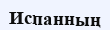
Испанның